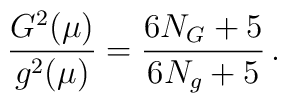
\frac{G^2(\mu)}{g^2(\mu)}  =  \frac{6N_G + 5}{6N_g+5} \, .